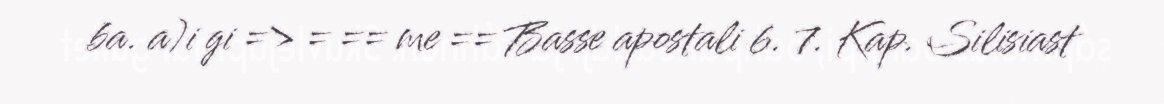
ba. a)i gi => = == me == Basse apostali 6. 7. Kap. Silisiast